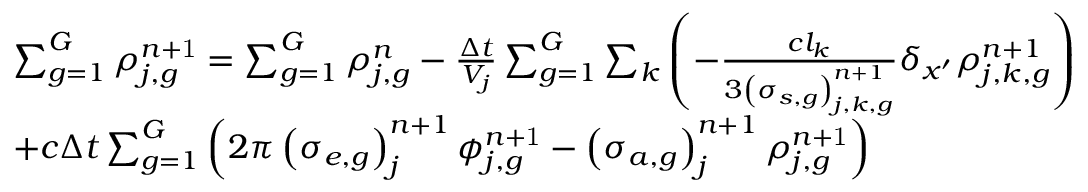
\begin{array} { l } { { \sum _ { g = 1 } ^ { G } \rho _ { j , g } ^ { n \mathrm { + 1 } } = \sum _ { g = 1 } ^ { G } \rho _ { j , g } ^ { n } - \frac { \Delta t } { V _ { j } } \sum _ { g = 1 } ^ { G } \sum _ { k } \left( - \frac { c l _ { k } } { 3 \left( \sigma _ { s , g } \right) _ { j , k , g } ^ { n + 1 } } \delta _ { x ^ { \prime } } \rho _ { j , k , g } ^ { n + 1 } \right) } } \\ { { + c \Delta t \sum _ { g = 1 } ^ { G } \left( 2 \pi \left( \sigma _ { e , g } \right) _ { j } ^ { n + 1 } \phi _ { j , g } ^ { n \mathrm { + 1 } } - \left( \sigma _ { a , g } \right) _ { j } ^ { n + 1 } \rho _ { j , g } ^ { n \mathrm { + 1 } } \right) } } \end{array}